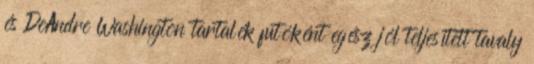
és DeAndre Washington tartalék futóként egész jól teljesített tavaly